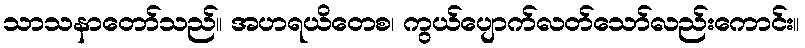
သာသနာတော်သည်။ အဟရယိတေစ၊ ကွယ်ပျောက်လတ်သော်လည်းကောင်း။